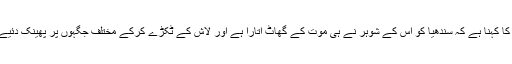
پولیس کا کہنا ہے کہ سندھیا کو اس کے شوہر نے ہی موت کے گھاٹ اتارا ہے اور لاش کے ٹکڑے کرکے مختلف جگہوں پر پھینک دئیے تھے۔